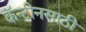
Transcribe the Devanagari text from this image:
कॅन्टीनसाठी